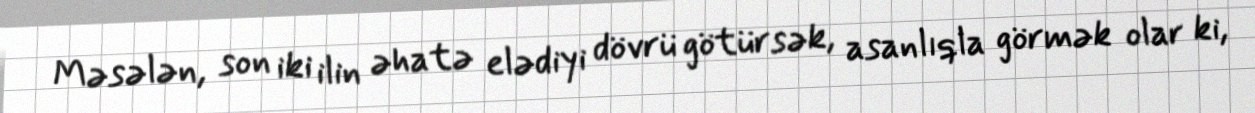
Məsələn, son iki ilin əhatə elədiyi dövrü götürsək, asanlıqla görmək olar ki,